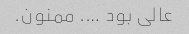
عالی بود …. ممنون.